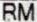
RM